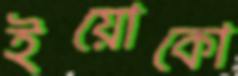
ইয়োকো